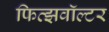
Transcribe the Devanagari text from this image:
फित्झवॉल्टर